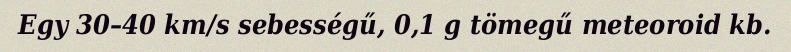
Egy 30–40 km/s sebességű, 0,1 g tömegű meteoroid kb.